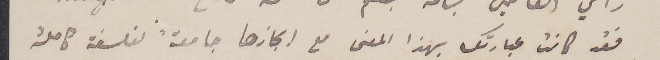
فقد كانت عبارتك بهذا المعنى مع ايجازها جامعةً لفلسفة كاملة